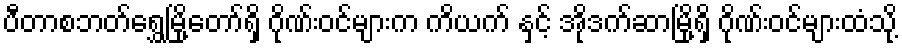
ပီတာစဘတ်ရွှေမြို့တော်ရှိ ဂိုဏ်းဝင်များက ကိယက် နှင့် အိုဒက်ဆာမြို့ရှိ ဂိုဏ်းဝင်များထံသို့